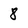
Character: 8